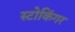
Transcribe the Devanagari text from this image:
स्टोकिंगर